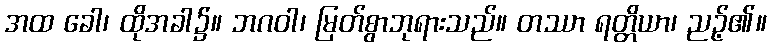
အထ ခေါ၊ ထိုအခါ၌။ ဘဂဝါ၊ မြတ်စွာဘုရားသည်။ တဿာ ရတ္တိယာ၊ ညဉ့်၏။